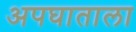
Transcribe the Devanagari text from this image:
अपघाताला